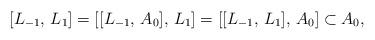
LaTeX: \begin{align*}[L_{-1}, \, L_1] = [[L_{-1}, \, A_0], \, L_1] = [[L_{-1}, \, L_1], \, A_0] \subset A_0,\end{align*}